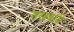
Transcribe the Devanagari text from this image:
अख़बारी